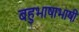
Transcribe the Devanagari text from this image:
बहुभाषाभाषी